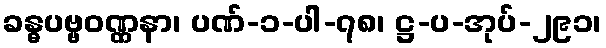
ခန္ဓပဗ္ဗဝဏ္ဏနာ၊ ပဏ်-၁-ပါ-၇၈၊ ဋ္ဌ-ပ-အုပ်-၂၉၁၊